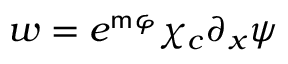
w = e ^ { \mathsf { m } \varphi } \chi _ { c } \partial _ { x } \psi